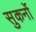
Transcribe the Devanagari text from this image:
सुकर्नो